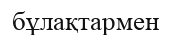
бұлақтармен